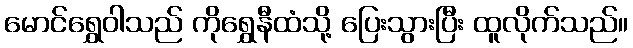
မောင်ရွှေဝါသည် ကိုရွှေနီထံသို့ ပြေးသွားပြီး ထူလိုက်သည်။